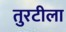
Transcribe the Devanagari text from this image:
तुरटीला